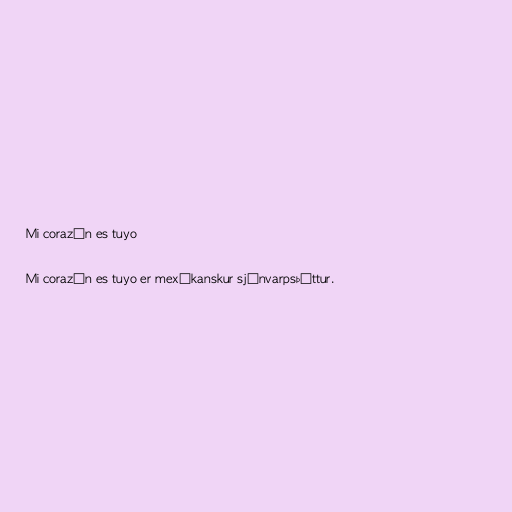
Mi corazón es tuyo

Mi corazón es tuyo er mexíkanskur sjónvarpsþáttur.